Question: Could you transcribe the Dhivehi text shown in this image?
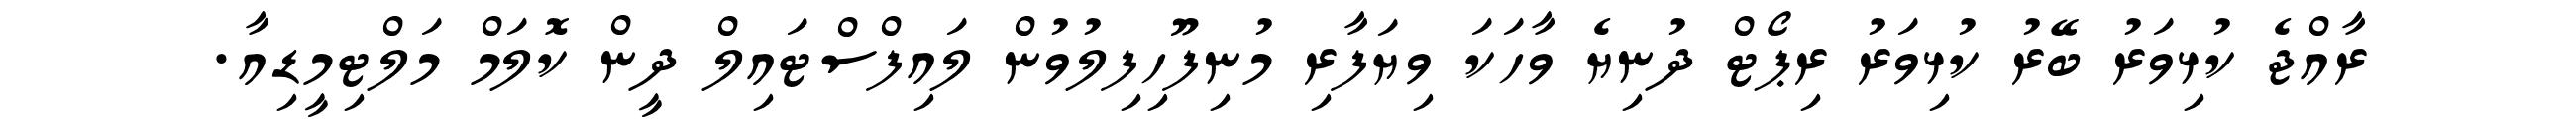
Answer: ރާއްޖެ ކުޅިވަރު ބޭރު ކުޅިވަރު ރިޕޯޓް ދުނިޔެ ވާހަކަ ވިޔަފާރި މުނިފޫހިފިލުވުން ލައިފްސްޓައިލް ދީން ކޮލަމް މަލްޓިމީޑިއާ.